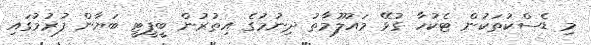
މި ޑެސްކުތަކުން ޓެކުހާ ގުޅޭ މައުލޫމާތު ދިނުމުގެ އިތުރުން ބީޕީޓީ ބަޔާން ފުރުމުގައި